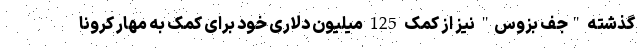
گذشته "جف بزوس" نیز از کمک 125 میلیون دلاری خود برای کمک به مهار کرونا